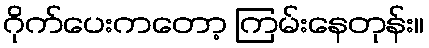
ဂိုက်ပေးကတော့ ကြမ်းနေတုန်း။